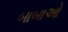
બાબાઓ